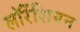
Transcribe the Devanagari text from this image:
लॉरेंशियन